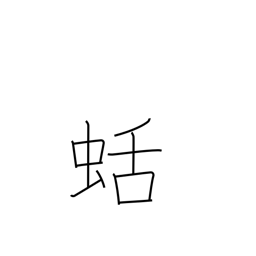
Meaning: kind of slug